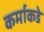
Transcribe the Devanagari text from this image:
कर्माकडे